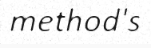
method's